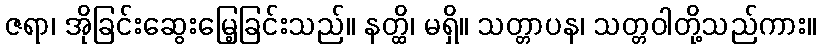
ဇရာ၊ အိုခြင်းဆွေးမြေ့ခြင်းသည်။ နတ္ထိ၊ မရှိ။ သတ္တာပန၊ သတ္တဝါတို့သည်ကား။